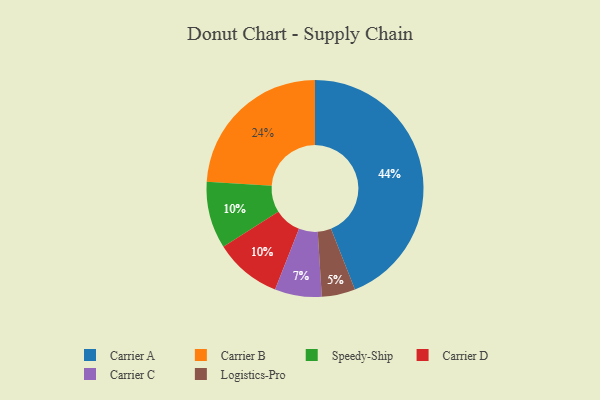
{"axis": {"x": "Category", "y": "Percentage"}, "legend": ["Carrier A", "Carrier B", "Carrier C", "Carrier D", "Logistics-Pro", "Speedy-Ship"], "data": [{"x": "Speedy-Ship", "y": 10, "type": "Speedy-Ship"}, {"x": "Carrier C", "y": 7, "type": "Carrier C"}, {"x": "Carrier A", "y": 44, "type": "Carrier A"}, {"x": "Carrier D", "y": 10, "type": "Carrier D"}, {"x": "Carrier B", "y": 24, "type": "Carrier B"}, {"x": "Logistics-Pro", "y": 5, "type": "Logistics-Pro"}]}